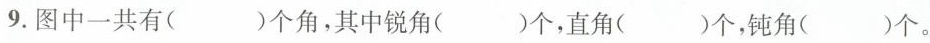
9. 图中一共有()个角，其中锐角()个，直角()个，钝角()个。